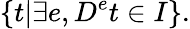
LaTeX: \{ t|\exists e,D^{e}t\in I\} .